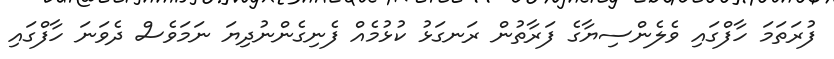
ފުރަތަމަ ހާފްގައި ވެލެންސިޔާގެ ފަރާތުން ރަނގަޅު ކުޅުމެއް ފެނިގެންނުދިޔަ ނަމަވެސް ދެވަނަ ހާފްގައި